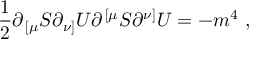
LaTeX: { \frac { 1 } { 2 } } \partial _ { \, [ \mu } S \partial _ { \nu ] } U \partial ^ { \, [ \mu } S \partial ^ { \nu ] } U = - m ^ { 4 } \ ,